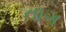
તાગ